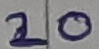
Text: 20